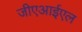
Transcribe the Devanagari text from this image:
जीएआईएल